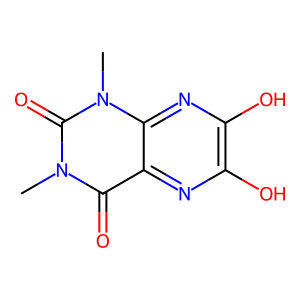
SMILES: Cn1c(=O)c2nc(O)c(O)nc2n(C)c1=O
Inhibits HIV replication: No